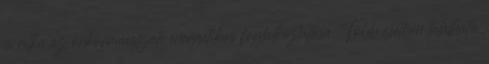
is ritka az önkormányzati energetikus foglalkoztatása. Több esetben található